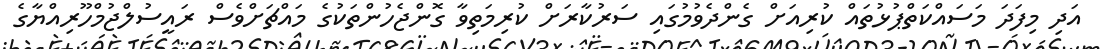
އަދި މިފަދަ މަސައްކަތްޕުޅުތައް ކުރިއަށް ގެންދެވުމުގައި ސަރުކާރަށް ކުރިމަތިވާ ގޮންޖެހުންތަކުގެ މައްޗަށްވެސް ރައީސުލްޖުމްހޫރިއްޔާގެ